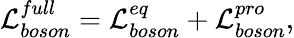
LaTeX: {\cal L}_{boson}^{full}={\cal L}_{boson}^{eq}+{\cal L}_{boson}^{pro},